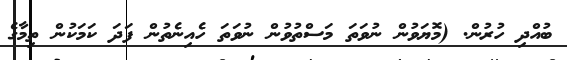
ބުއްދި ހުރުން. (މޮޔަވުން ނުވަތަ މަސްތުވުން ނުވަތަ ހެއިނެތުން ފަދަ ކަމަކުން ތިމާގެ